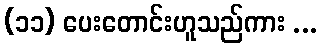
(၁၁) ပေးတောင်းဟူသည်ကား ...